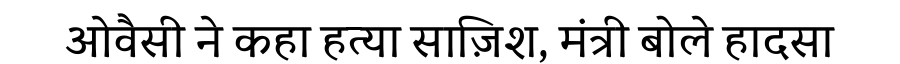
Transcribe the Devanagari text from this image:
ओवैसी ने कहा हत्या साज़िश, मंत्री बोले हादसा